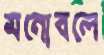
মনোবলে